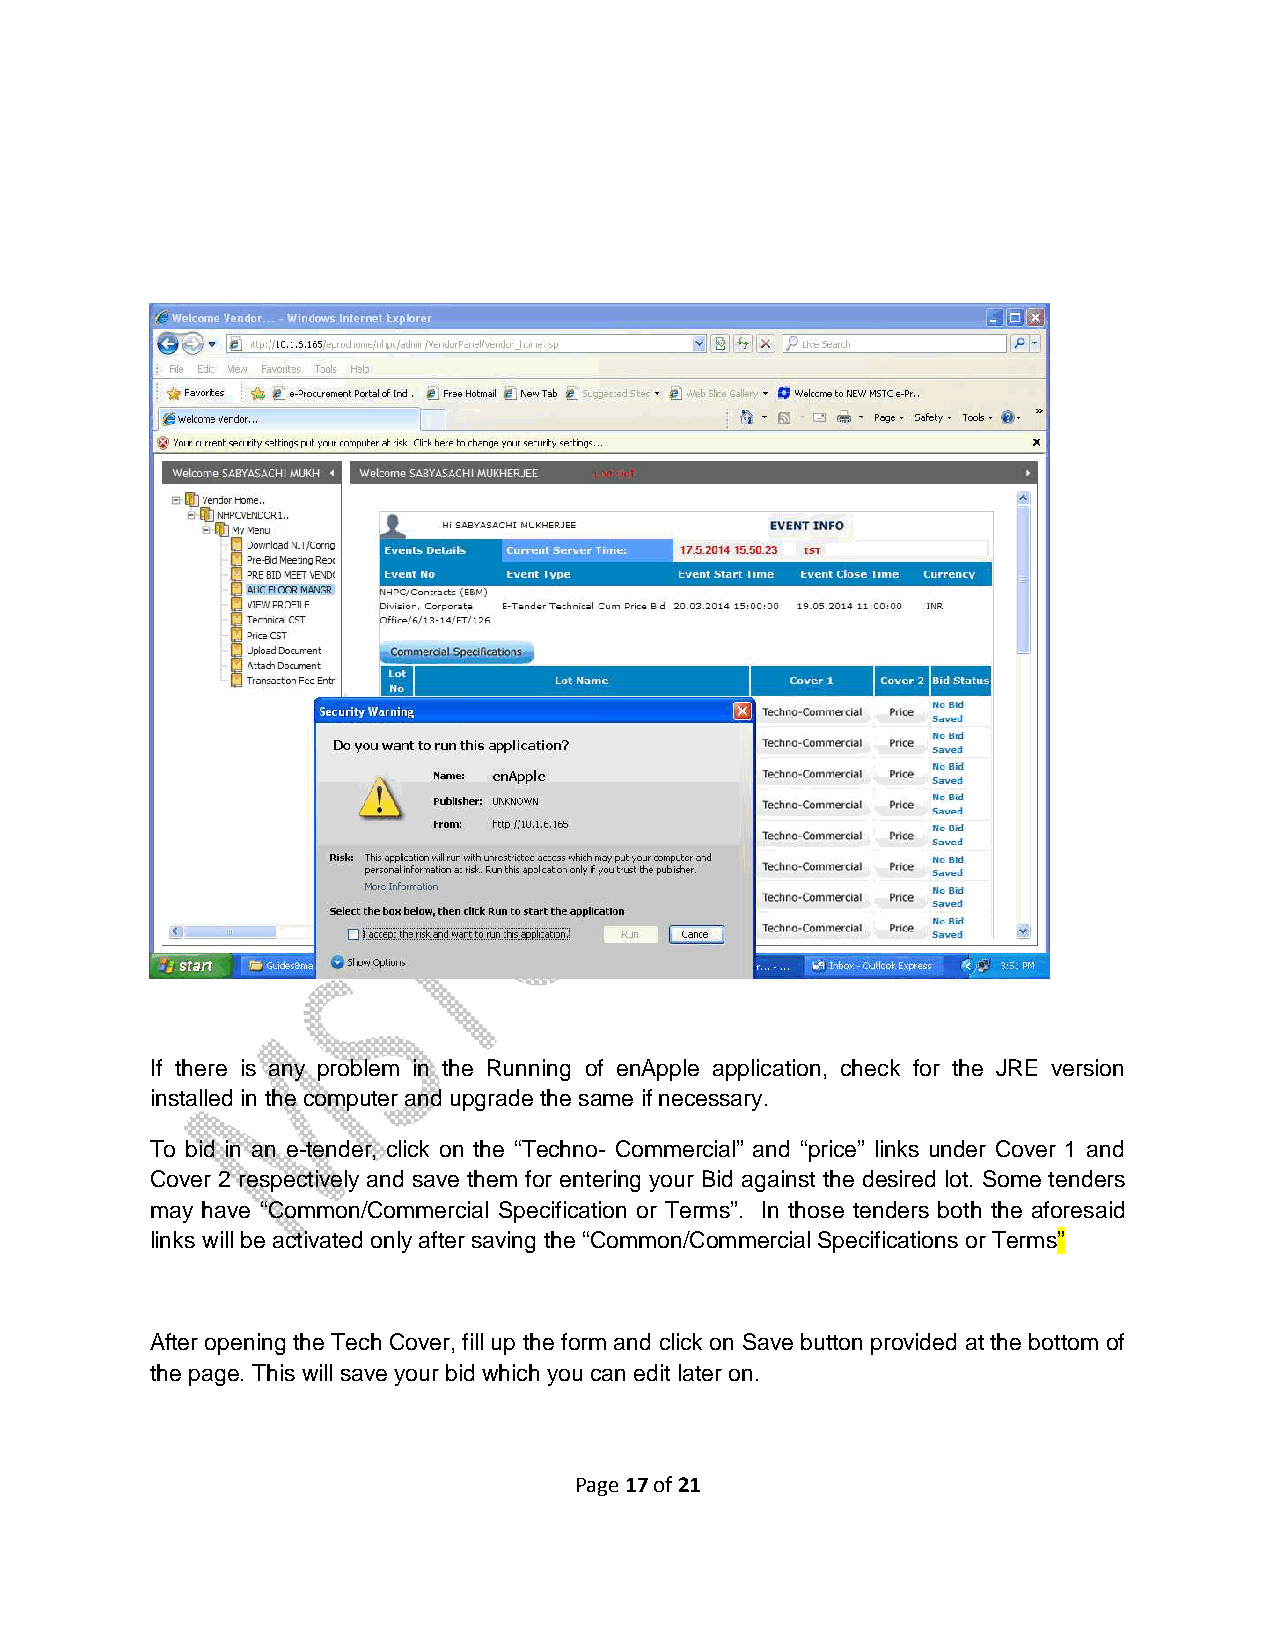
If there is any problem in the Running of enApple application, check for the JRE version
 installed in the computer and upgrade the same if necessary.
 To bid in an e-tender, click on the “Techno- Commercial” and “price” links under Cover 1 and
 Cover 2 respectively and save them for entering your Bid against the desired lot. Some tenders
 may have “Common/Commercial Specification or Terms”. In those tenders both the aforesaid
 links will be activated only after saving the “Common/Commercial Specifications or Terms”
 After opening the Tech Cover, fill up the form and click on Save button provided at the bottom of
 the page. This will save your bid which you can edit later on.
 Page 17 of 21